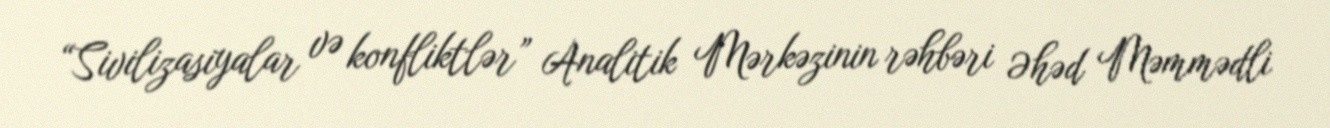
“Sivilizasiyalar və konfliktlər” Analitik Mərkəzinin rəhbəri Əhəd Məmmədli